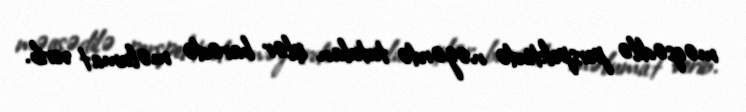
məqsədilə perspektivdə nəzərdə tutulan işlər barədə məlumat verib.